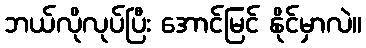
ဘယ်လိုလုပ်ပြီး အောင်မြင် နိုင်မှာလဲ။